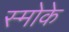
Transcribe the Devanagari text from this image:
स्मोके